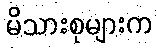
မိသားစုများက